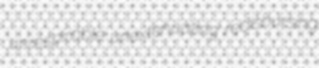
unrespirable unextenuating redisbursing